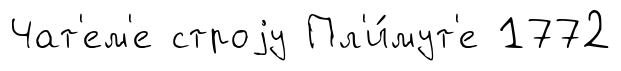
Чат'ем'е строjу Пл'и́мут'е 1772